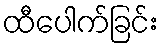
ထီပေါက်ခြင်း